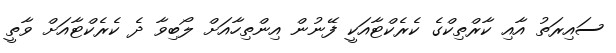
ސައިރަތު އާއި ކާރްތިކްގެ ކެރެކްޓާއަކީ ފޭނުން އިންތިހާއަށް ލޯބިވާ ދެ ކެރެކްޓާއަށް ވާތީ